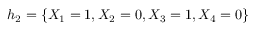
h _ { 2 } = \{ X _ { 1 } = 1 , X _ { 2 } = 0 , X _ { 3 } = 1 , X _ { 4 } = 0 \}